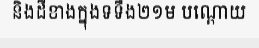
និងដីខាងក្នុងទទឹង២១ម បណ្តោយ